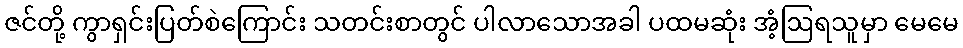
ဇင်တို့ ကွာရှင်းပြတ်စဲကြောင်း သတင်းစာတွင် ပါလာသောအခါ ပထမဆုံး အံ့ဩရသူမှာ မေမေ